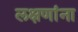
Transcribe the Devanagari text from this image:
लक्षणांना